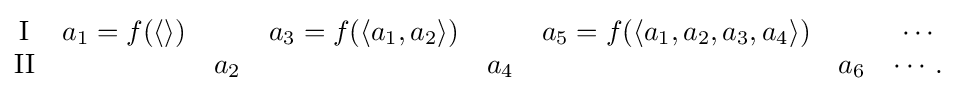
{\begin{matrix}\mathrm {I} &a_{1}=f(\langle \rangle )&\quad &a_{3}=f(\langle a_{1},a_{2}\rangle )&\quad &a_{5}=f(\langle a_{1},a_{2},a_{3},a_{4}\rangle )&\quad &\cdots \\\mathrm {II} &\quad &a_{2}&\quad &a_{4}&\quad &a_{6}&\cdots .\end{matrix}}